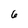
Character: 6